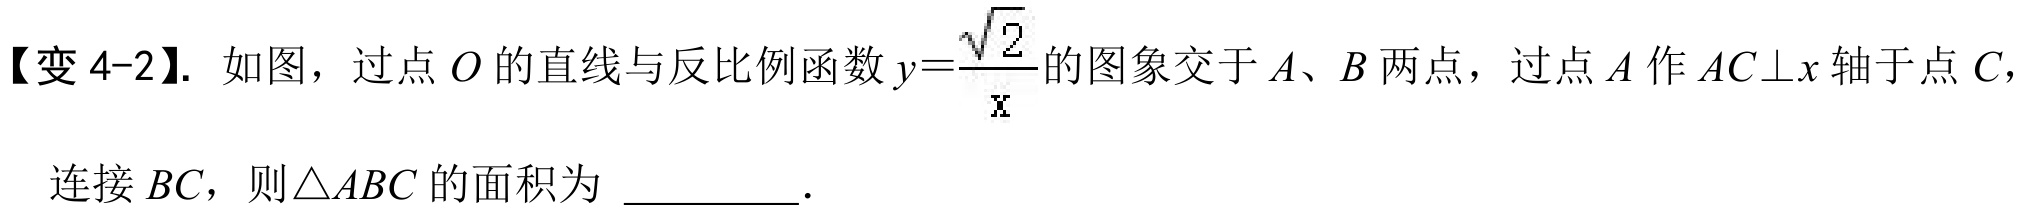
【变4-2】. 如图，过点\(O\)的直线与反比例函数\(y = \frac{\sqrt{2}}{x}\)的图象交于\(A\)、\(B\)两点，过点\(A\)作\(AC\perp x\)轴于点\(C\)，
连接\(BC\)，则\(\triangle ABC\)的面积为 \_\_\_\_\_\_。